Scientific memoirs by medical officers of the Army of India - Part II,
Year: 1886
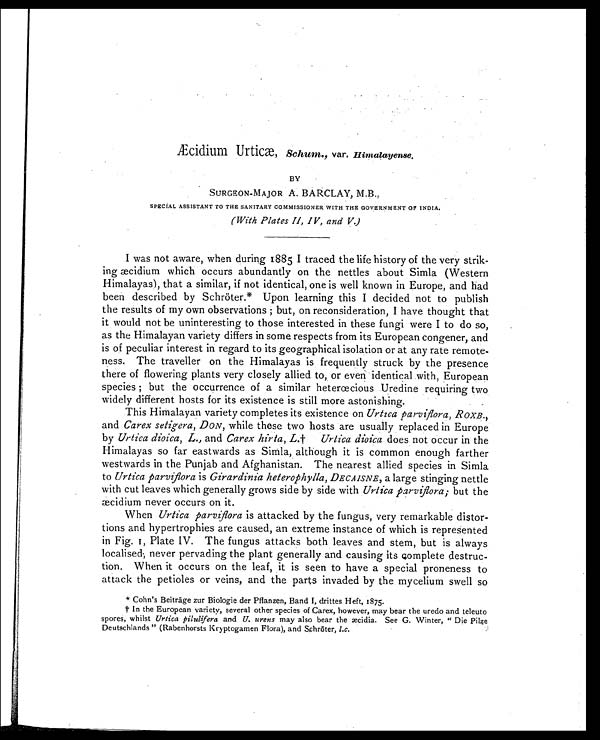
Schum., var. Himalayense.
BY
SURGEON-MAJOR A. BARCLAY, M.B.,
SPECIAL ASSISTANT TO THE SANITARY COMMISSIONER WITH THE GOVERNMENT OF INDIA.
(With Plates II, IV, and V.)
I was not aware, when during 1885 I traced the life history of the very strik-
ing æcidium which occurs abundantly on the nettles about Simla (Western
Himalayas), that a similar, if not identical, one is well known in Europe, and had
been described by Schröter.* Upon learning this I decided not to publish
the results of my own observations ; but, on reconsideration, I have thought that
it would not be uninteresting to those interested in these fungi were I to do so,
as the Himalayan variety differs in some respects from its European congener, and
is of peculiar interest in regard to its geographical isolation or at any rate remote-
ness. The traveller on the Himalayas is frequently struck by the presence
there of flowering plants very closely allied to, or even identical with, European
species ; but the occurrence of a similar heterœcious Uredine requiring two
widely different hosts for its existence is still more astonishing.
This Himalayan variety completes its existence on Urtica parviflora, ROXB .,
and Carex setigera , DON , while these two hosts are usually replaced in Europe
by Urtica dioica , L., and Carex hirta , Urtica dioica does not occur in the
Himalayas so far eastwards as Simla, although it is common enough farther
westwards in the Punjab and Afghanistan. The nearest allied species in Simla
to Urtica parviflorai s
G i r a r d i n i a h e t e r o p h y l l a ,
D E C A I S N E
, a l a r g e s t i n g i n g n e t t l e
with cut leaves which generally grows side by side with Urtica parviflora; but the
æcidium never occurs on it.
When Urtica parviflorais attacked by the fungus, very remarkable distor-
tions and hypertrophies are caused, an extreme instance of which is represented
in Fig. I, Plate IV. The fungus attacks both leaves and stem, but is always
localised; never pervading the plant generally and causing its complete destruc-
tion. When it occurs on the leaf, it is seen to have a special proneness to
attack the petioles or veins, and the parts invaded by the mycelium swell so
* Cohn's Beiträge zur Biologie der Pflanzen, Band I, drittes Heft, 1875.
† In the European variety, several other species of Carex, however, may bear the uredo and teleuto
spores, whilst Urtica pilulfera and U. urens may also bear the æcidia. See G. Winter, " Die Pilze
Deutschlands " (Rabenhorsts Kryptogamen Flora), and Schröter, l.c.